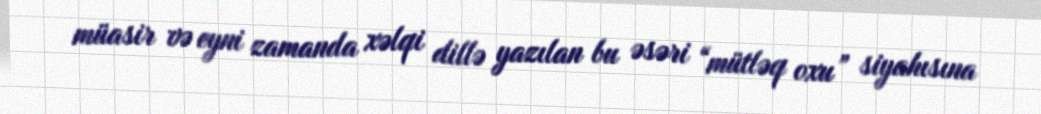
müasir və eyni zamanda xəlqi dillə yazılan bu əsəri “mütləq oxu” siyahısına